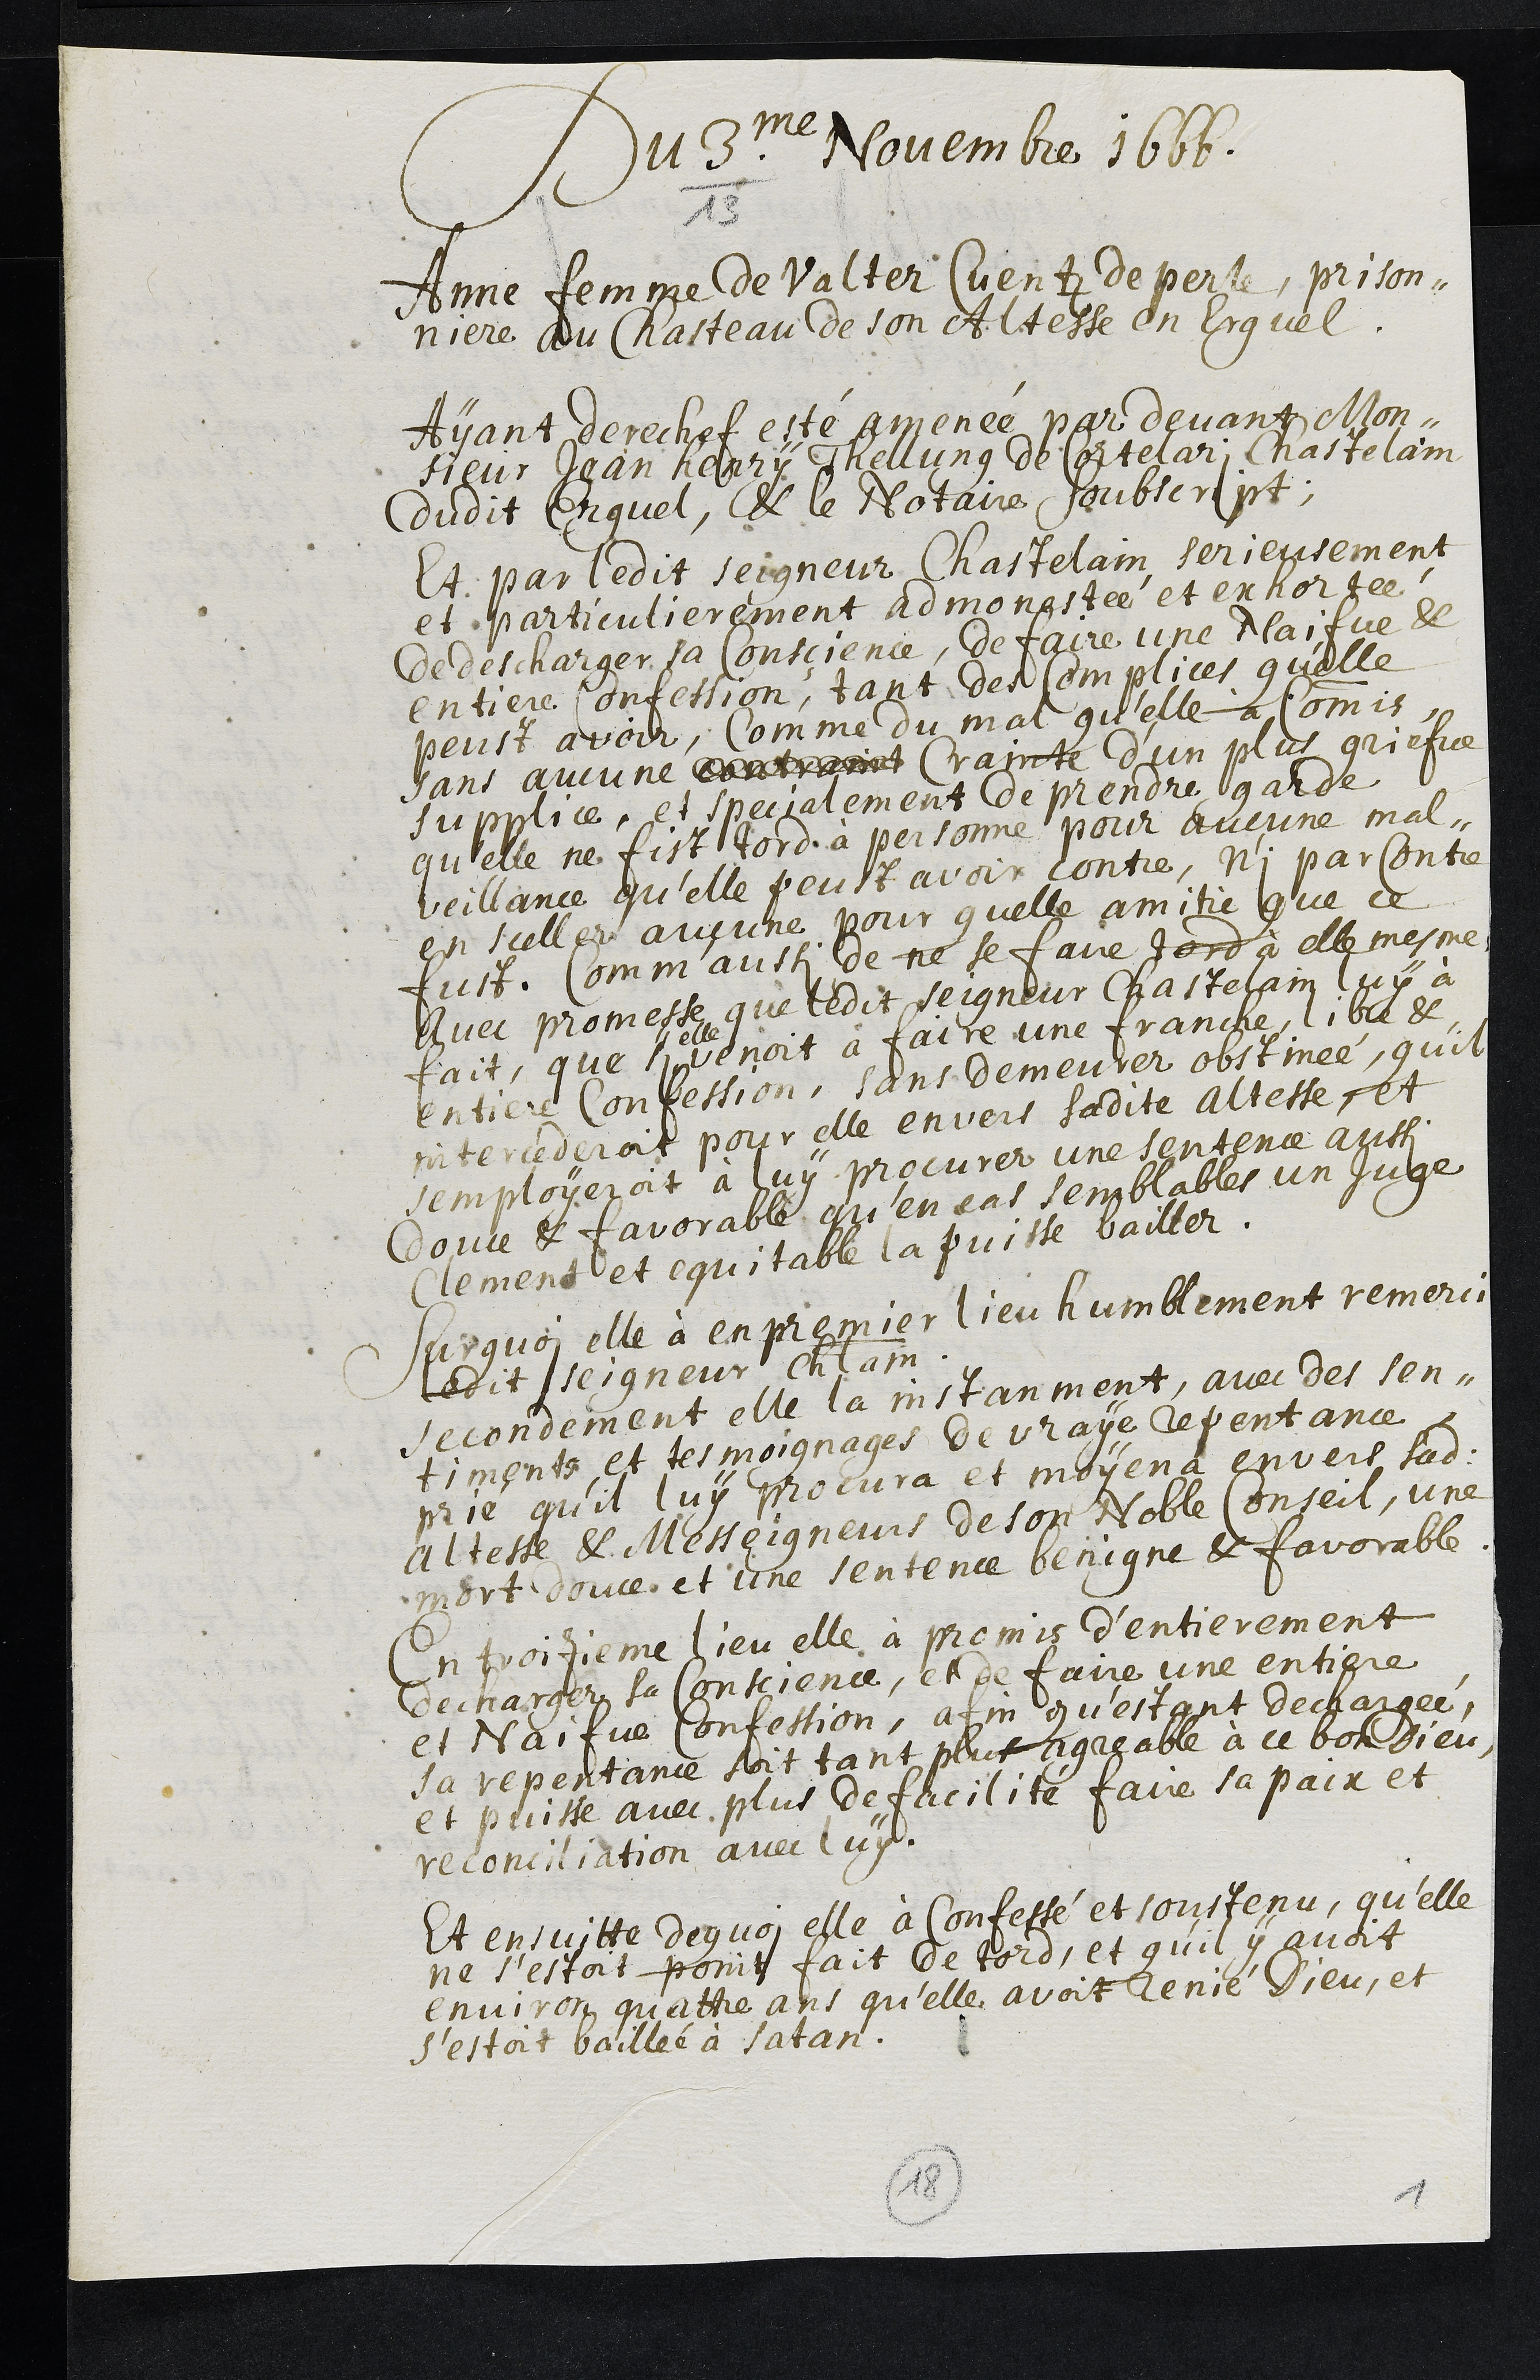
Du 3/13me Novembre 1666.
Anne femme de Valter Cuentz de perle, prison¬
niere au Chasteau de son Altesse en Erguel.
Ayant derechef esté amenée par devant Mon¬
sieur Jean Henry Tellung de Cortelari Chastelain
dudit Erguel, & le Notaire soubscript.
Et par ledit Seigneur Chastelain serieusement
et particulierement admonestée et exhortée
de descharger sa Conscience, de faire une Naifve &
entiere Confession, tant des Complices qu'elle
peust avoir, Comme du mal qu'elle a Commis,
sans aucune contraint Crainte d’un plus griefve
supplice, et specialement de prendre garde
qu’elle ne fist tord à personne pour aucune mal¬
veillance qu'elle peust avoir contre, n'i par contre
en sceller aucune pour quelle amitie que ce
fust. Comm’aussi de ne se faire tord à elle mesme
Avec promesse que ledit seigneur Chastelain luy à
fait, que si
elle
venoit à faire une franche, libre &
entiere Confession, sans demeurer obstinée, qu'il
intercéderoit pour elle envers sadite Altesse, et
semployeroit à luy procurer une sentence aussi
douce et favorable qu'en cas semblables un Juge
Clement et equitable la puisse bailler.
Sur quoi elle à en premier lieu humblement remercie
ledit Seigneur chatelain
secondement elle la instanment, avec des sen¬
timents et tesmoignages de vraye repentance
prié qu’il luy procura et moyena envers ladite
Altesse & Messeigneurs de son Noble Conseil, une
mort douce et une sentence benigne et favorable.
En troizieme lieu elle à promis d’entierement
decharger sa Conscience, et de faire une entiere
et Naifve Confession, afin qu'estant dechargée,
sa repentance soit tant plus agreable à ce bon Dieu,
et puisse avec plus de facilité faire sa paix et
reconciliation avec luy.
Et ensuitte dequoi elle à Confessé et soustenu qu'elle
ne s’estoit point fait de tord, et quil y avoit
environ quattre ans qu’elle avoit renié Dieu, et
s’estoit baillée à Satan,
18
1